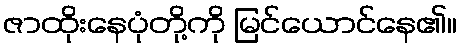
ဇာထိုးနေပုံတို့ကို မြင်ယောင်နေ၏။